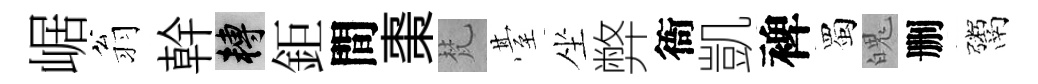
崌翁幹轉鉅間棗梵䑓坐弊衙凱裨蜀魄删鬻